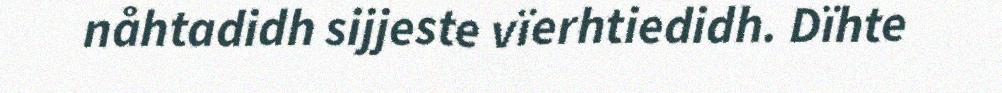
nåhtadidh sijjeste vïerhtiedidh. Dïhte